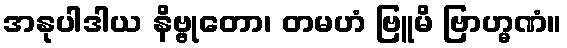
အနုပါဒါယ နိဗ္ဗုတော၊ တမဟံ ဗြူမိ ဗြာဟ္မဏံ။